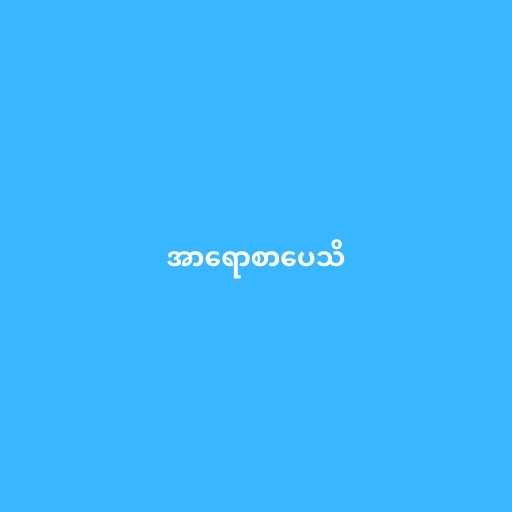
အာရောစာပေသိ